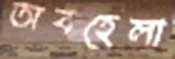
অবহেলা